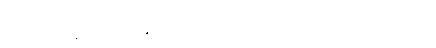
စွတ်သော အနက်သဘောအားဖြင့်။ သမုဒ္ဒေါ၊ မည်၏။ တဿ ရူပမယော ဝေဂေါတိ၊